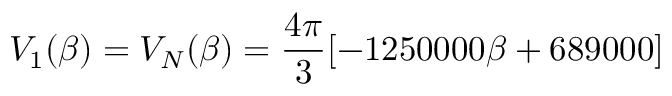
V _ { 1 } ( \beta ) = V _ { N } ( \beta ) = \frac { 4 \pi } { 3 } [ - 1 2 5 0 0 0 0 \beta + 6 8 9 0 0 0 ]